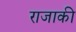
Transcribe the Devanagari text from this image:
राजाकी